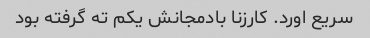
سریع اورد. کارزنا بادمجانش یکم ته گرفته بود